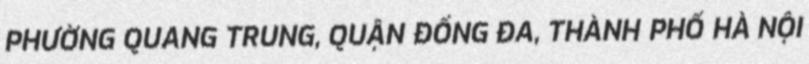
PHƯỜNG QUANG TRUNG, QUẬN ĐỐNG ĐA, THÀNH PHỐ HÀ NỘI